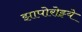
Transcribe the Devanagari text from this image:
झापोरोझ्ये